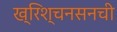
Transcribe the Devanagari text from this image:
ख्रिश्चनसनची